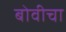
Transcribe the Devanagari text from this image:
बोवीचा